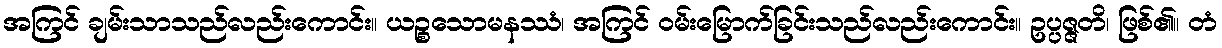
အကြင် ချမ်းသာသည်လည်းကောင်း။ ယဉ္စသောမနဿံ၊ အကြင် ဝမ်းမြောက်ခြင်းသည်လည်းကောင်း။ ဥပ္ပဇ္ဇတိ၊ ဖြစ်၏။ တံ